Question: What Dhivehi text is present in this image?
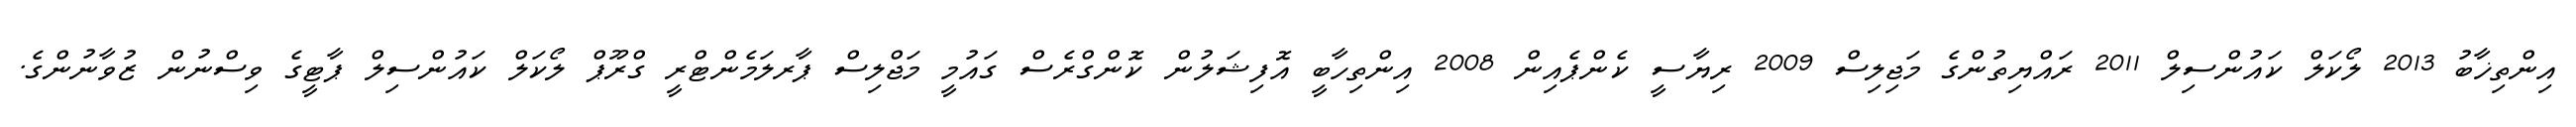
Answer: އިންތިޚާބު 2013 ލޯކަލް ކައުންސިލް 2011 ރައްޔިތުންގެ މަޖިލިސް 2009 ރިޔާސީ ކެންޕެއިން 2008 އިންތިހާބީ އޮފިޝަލުން ކޮންގްރެސް ގައުމީ މަޖްލިސް ޕާރލަމެންޓްރީ ގްރޫޕް ލޯކަލް ކައުންސިލް ޕާޓީގެ ވިސްނުން ޒުވާނުންގެ.